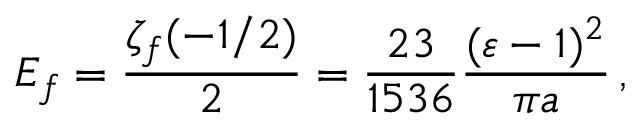
E _ { f } = \frac { \zeta _ { f } ( - 1 / 2 ) } { 2 } = \frac { 2 3 } { 1 5 3 6 } \frac { ( \varepsilon - 1 ) ^ { 2 } } { \pi a } \, ,